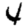
Digit: 4